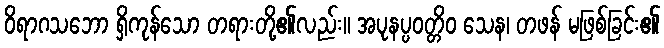
ဝိရာဂသဘော ရှိကုန်သော တရားတို့၏လည်း။ အပုနပ္ပဝတ္တိဝ သေန၊ တဖန် မဖြစ်ခြင်း၏